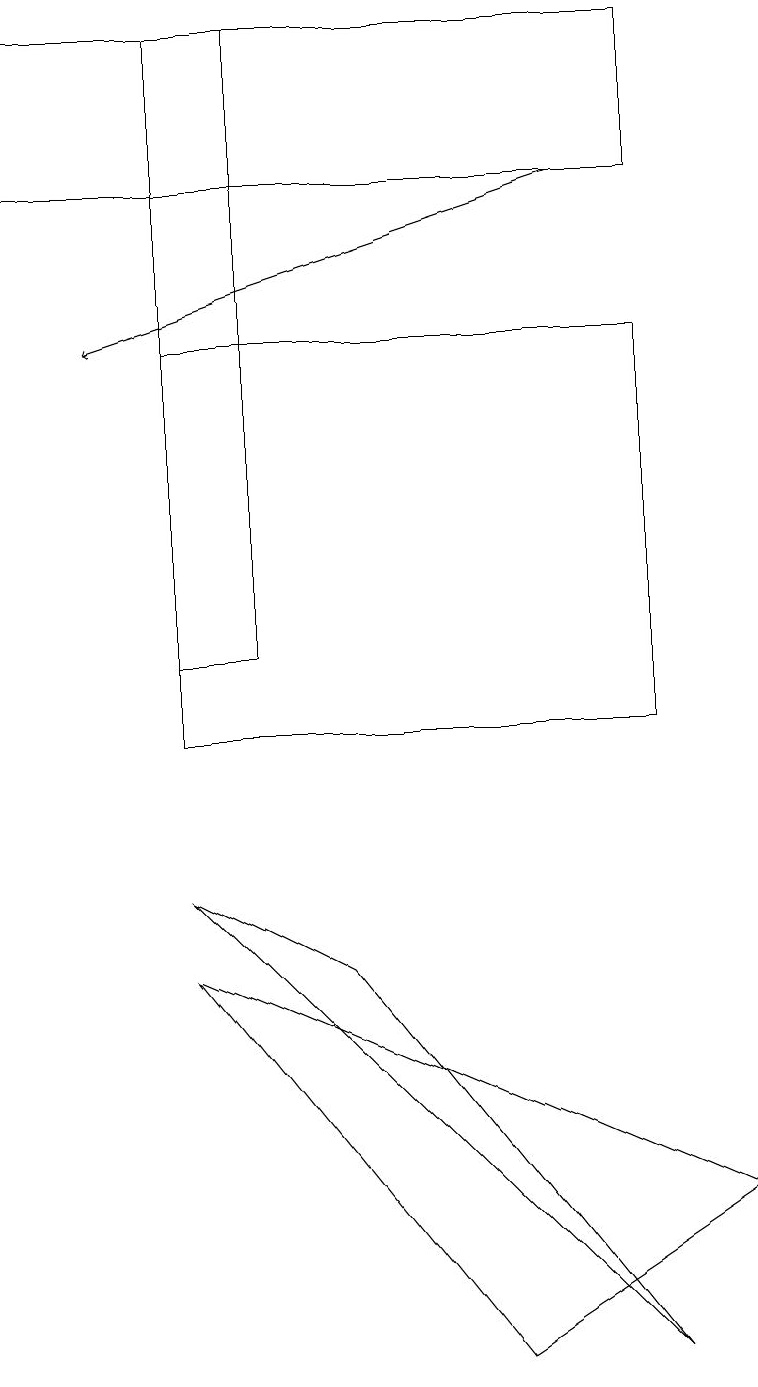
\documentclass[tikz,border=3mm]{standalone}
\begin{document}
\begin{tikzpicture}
\draw (6,2) -- (2,7) -- (9,4) -- cycle;
\draw (8,2) -- (2,8) -- (4,7) -- cycle;
\draw (8,19) rectangle (0,17);
\draw (2,15) rectangle (8,10);
\draw[->] (7,17) -- (1,15);
\draw (2,19) rectangle (3,11);
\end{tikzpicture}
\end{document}